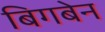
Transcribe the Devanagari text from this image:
बिगबेन